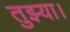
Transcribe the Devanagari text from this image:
तुझ्या।